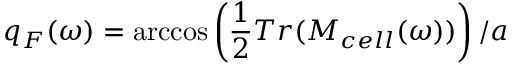
q _ { F } ( \omega ) = \operatorname { a r c c o s } \left( \frac { 1 } { 2 } T r ( M _ { c e l l } ( \omega ) ) \right) / a